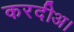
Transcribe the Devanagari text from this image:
करदीअ।